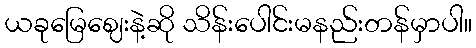
ယခုမြေဈေးနဲ့ဆို သိန်းပေါင်းမနည်းတန်မှာပါ။